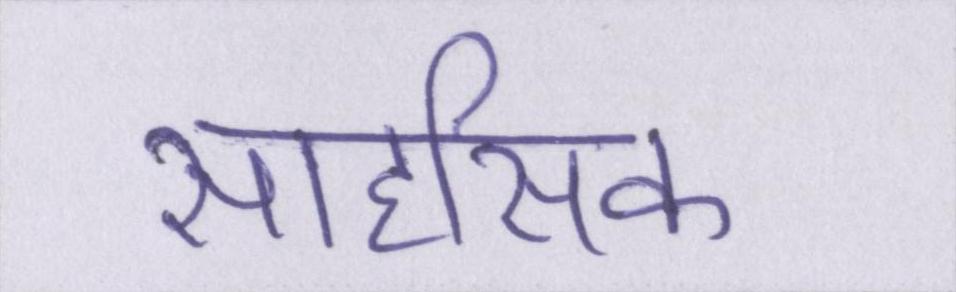
साहसिक